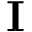
\mathbf { I }